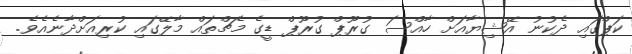
ކަޕްގައި ދެކުނު އޭޝިޔާއަށް ހާއްސަ ގުރޫޕް ގުރޫޕް ޑީގެ މެޗްތައް މާލޭގައި ކުރިއަށްދާނެއެވެ.